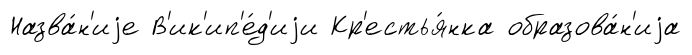
Назва́н'иjе В'ик'ип'е́д'иjи Кр'естья́нка образова́н'иjа